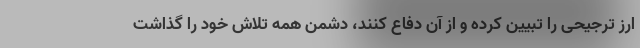
ارز ترجیحی را تبیین کرده و از آن دفاع کنند، دشمن همه تلاش خود را گذاشت